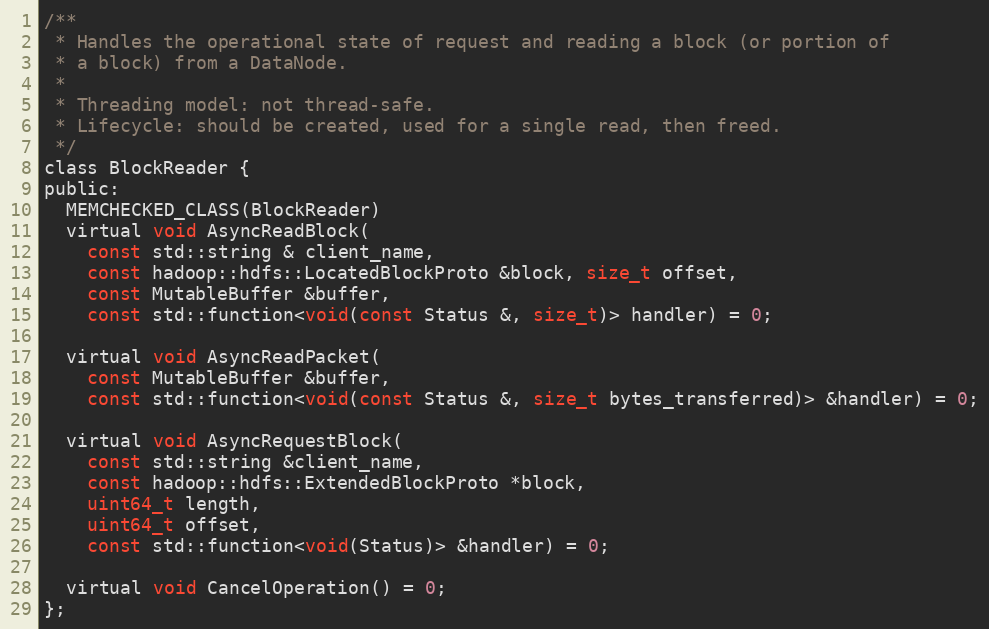
Language: C
/**
 * Handles the operational state of request and reading a block (or portion of
 * a block) from a DataNode.
 *
 * Threading model: not thread-safe.
 * Lifecycle: should be created, used for a single read, then freed.
 */
class BlockReader {
public:
  MEMCHECKED_CLASS(BlockReader)
  virtual void AsyncReadBlock(
    const std::string & client_name,
    const hadoop::hdfs::LocatedBlockProto &block, size_t offset,
    const MutableBuffer &buffer,
    const std::function<void(const Status &, size_t)> handler) = 0;

  virtual void AsyncReadPacket(
    const MutableBuffer &buffer,
    const std::function<void(const Status &, size_t bytes_transferred)> &handler) = 0;

  virtual void AsyncRequestBlock(
    const std::string &client_name,
    const hadoop::hdfs::ExtendedBlockProto *block,
    uint64_t length,
    uint64_t offset,
    const std::function<void(Status)> &handler) = 0;

  virtual void CancelOperation() = 0;
};